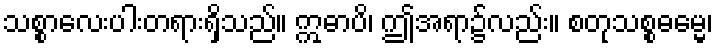
သစ္စာလေးပါးတရားရှိသည်။ ဣဓာပိ၊ ဤအရာ၌လည်း။ စတုသစ္စဓမ္မေ၊